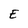
Character: E